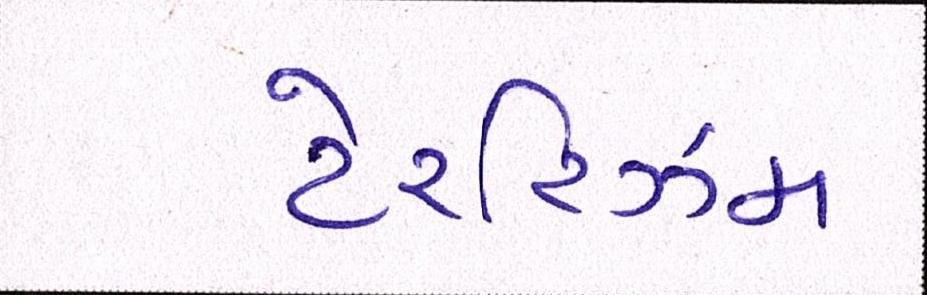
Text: ટેરરિઝમ